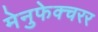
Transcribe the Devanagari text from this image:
मेनुफेक्चरर